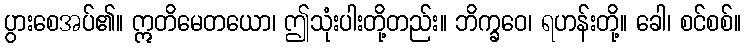
ပွားစေအပ်၏။ ဣတိမေတယော၊ ဤသုံးပါးတို့တည်း။ ဘိက္ခဝေ၊ ရဟန်းတို့။ ခေါ၊ စင်စစ်။